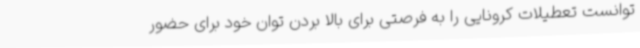
توانست تعطیلات کرونایی را به فرصتی برای بالا بردن توان خود برای حضور